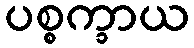
ပစ္စက္ခာယ